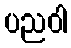
ပညဝါ